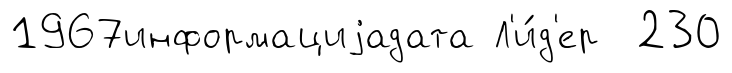
1967информациjадата Л'и́д'ер 230